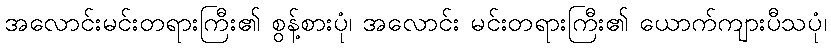
အလောင်းမင်းတရားကြီး၏ စွန့်စားပုံ၊ အလောင်း မင်းတရားကြီး၏ ယောက်ကျားပီသပုံ၊